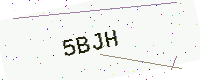
Text: 5BJH